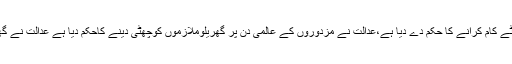
عدالت نے 15 سے 18 سال تک کے ملازمین سے صرف 3 گھنٹے کام کرانے کا حکم دے دیا ہے،عدالت نے مزدوروں کے عالمی دن پر گھریلوملازموں کوچھٹی دینے کاحکم دیا ہے عدالت نے گھریلوملازمین کیلئے سوشل سیکیورٹی ادارہ بنانےکابھی حکم دیدیا۔